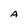
Character: A